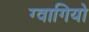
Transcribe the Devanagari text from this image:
ग्वागियो